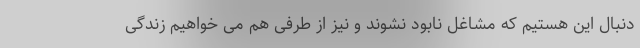
دنبال این هستیم که مشاغل نابود نشوند و نیز از طرفی هم می خواهیم زندگی